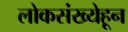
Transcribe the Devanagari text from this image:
लोकसंख्येहून